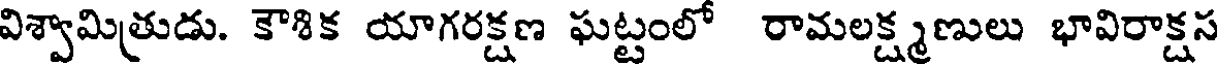
విశ్వామిత్రుడు. కౌశిక యాగరక్షణ ఘట్టంలో రామలక్ష్మణులు భావిరాక్షస